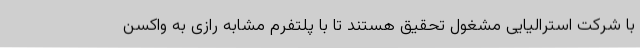
با شرکت استرالیایی مشغول تحقیق هستند تا با پلتفرم مشابه رازی به واکسن